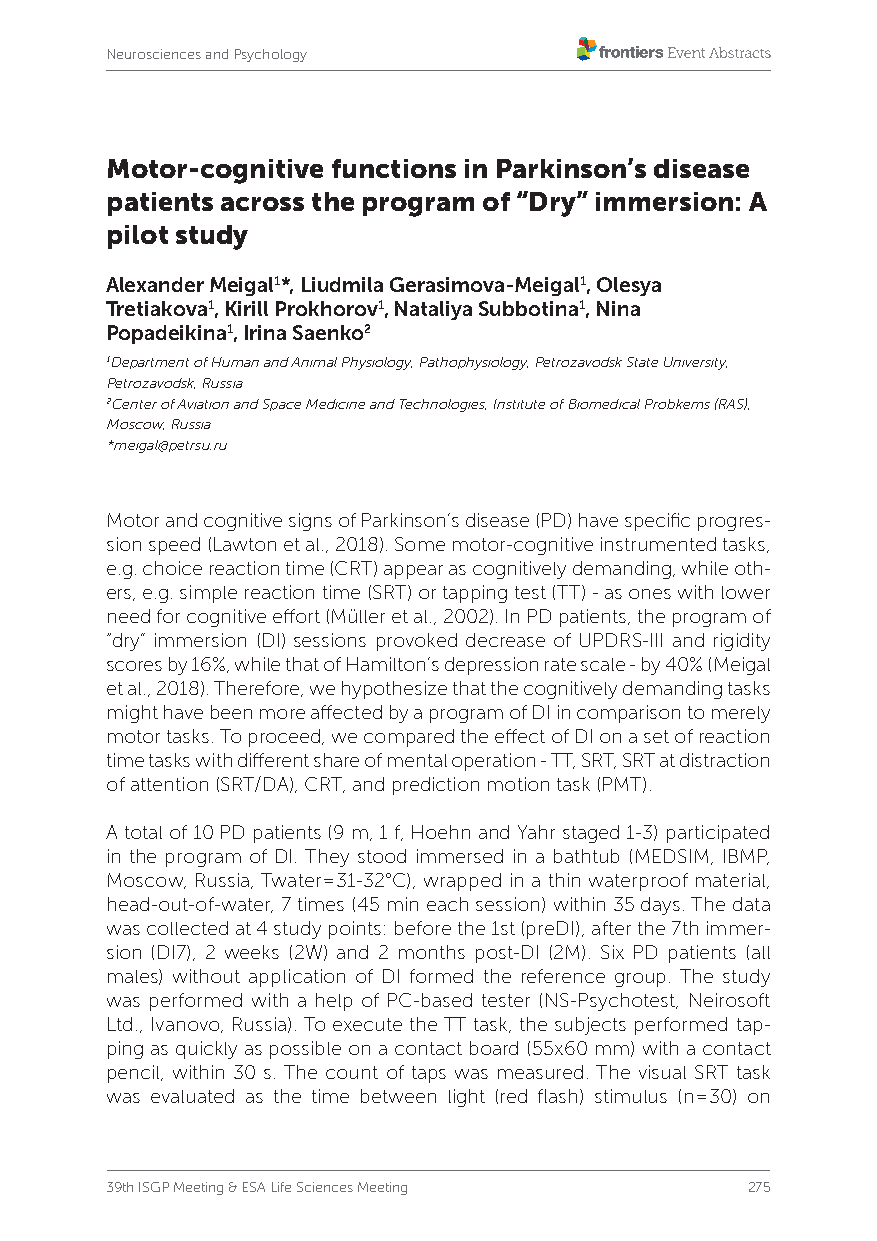
Neurosciences and Psychology
 Motor-cognitive functions in Parkinson’s disease
 patients across the program of “Dry” immersion: A
 pilot study
 Alexander Meigal1*, Liudmila Gerasimova-Meigal1, Olesya
 Tretiakova1, Kirill Prokhorov1, Nataliya Subbotina1, Nina
 Popadeikina1, Irina Saenko2
 1Department of Human and Animal Physiology, Pathophysiology, Petrozavodsk State University,
 Petrozavodsk, Russia
 2Center of Aviation and Space Medicine and Technologies, Institute of Biomedical Probkems (RAS),
 Moscow, Russia
 *meigal@petrsu.ru
 Motor and cognitive signs of Parkinson’s disease (PD) have specific progres-
 sion speed (Lawton et al., 2018). Some motor-cognitive instrumented tasks,
 e.g. choice reaction time (CRT) appear as cognitively demanding, while oth-
 ers, e.g. simple reaction time (SRT) or tapping test (TT) - as ones with lower
 need for cognitive effort (Müller et al., 2002). In PD patients, the program of
 “dry” immersion (DI) sessions provoked decrease of UPDRS-III and rigidity
 scores by 16%, while that of Hamilton’s depression rate scale - by 40% (Meigal
 et al., 2018). Therefore, we hypothesize that the cognitively demanding tasks
 might have been more affected by a program of DI in comparison to merely
 motor tasks. To proceed, we compared the effect of DI on a set of reaction
 time tasks with different share of mental operation - TT, SRT, SRT at distraction
 of attention (SRT/DA), CRT, and prediction motion task (PMT).
 A total of 10 PD patients (9 m, 1 f, Hoehn and Yahr staged 1-3) participated
 in the program of DI. They stood immersed in a bathtub (MEDSIM, IBMP,
 Moscow, Russia, Twater=31-32°C), wrapped in a thin waterproof material,
 head-out-of-water, 7 times (45 min each session) within 35 days. The data
 was collected at 4 study points: before the 1st (preDI), after the 7th immer-
 sion (DI7), 2 weeks (2W) and 2 months post-DI (2M). Six PD patients (all
 males) without application of DI formed the reference group. The study
 was performed with a help of PC-based tester (NS-Psychotest, Neirosoft
 Ltd., Ivanovo, Russia). To execute the TT task, the subjects performed tap-
 ping as quickly as possible on a contact board (55x60 mm) with a contact
 pencil, within 30 s. The count of taps was measured. The visual SRT task
 was evaluated as the time between light (red flash) stimulus (n=30) on
 39th ISGP Meeting & ESA Life Sciences Meeting 275